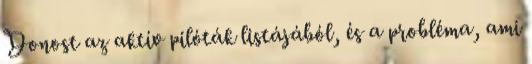
Donost az aktív pilóták listájából, és a probléma, ami